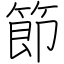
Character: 節